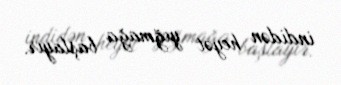
indidən heyət yığmağa başlayır.